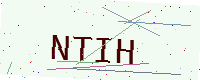
Text: NTIH